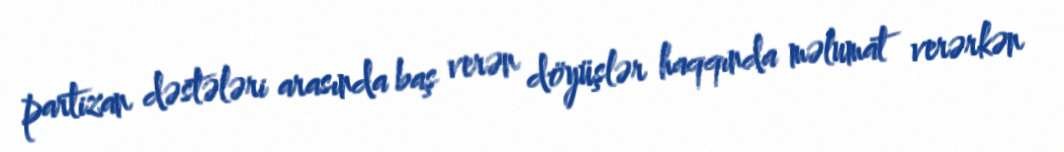
partizan dəstələri arasında baş verən döyüşlər haqqında məlumat verərkən